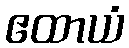
ဧထာယံ